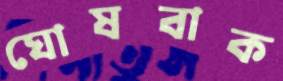
ঘোষবাক